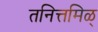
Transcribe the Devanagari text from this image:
तनित्तमिळ्